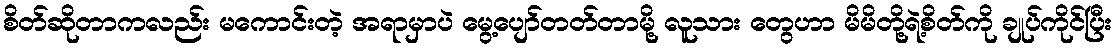
စိတ်ဆိုတာကလည်း မကောင်းတဲ့ အရာမှာပဲ မွေ့ပျော်တတ်တာမို့ လူသား တွေဟာ မိမိတို့ရဲ့စိတ်ကို ချုပ်ကိုင်ပြီး